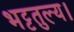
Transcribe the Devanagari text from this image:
भट्टतुल्य।